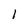
Character: I